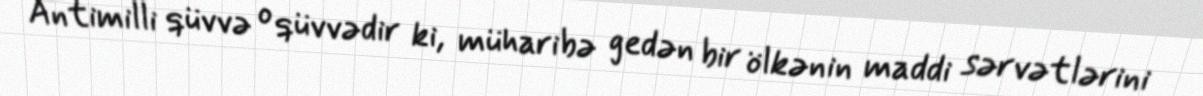
Antimilli qüvvə o qüvvədir ki, müharibə gedən bir ölkənin maddi sərvətlərini